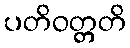
ပတိဝတ္တတိ